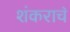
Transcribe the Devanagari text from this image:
शंकराच॓